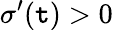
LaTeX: \sigma^{\prime}(\mathtt{t})>0